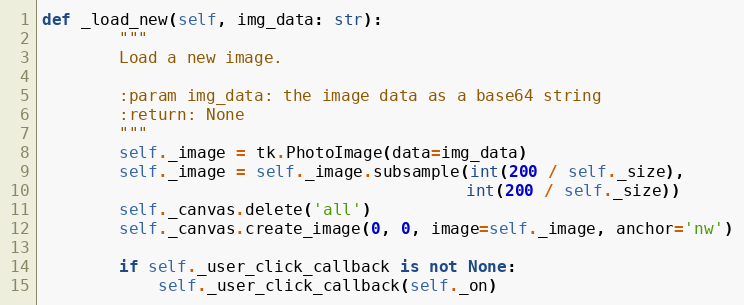
Language: Python
def _load_new(self, img_data: str):
        """
        Load a new image.

        :param img_data: the image data as a base64 string
        :return: None
        """
        self._image = tk.PhotoImage(data=img_data)
        self._image = self._image.subsample(int(200 / self._size),
                                            int(200 / self._size))
        self._canvas.delete('all')
        self._canvas.create_image(0, 0, image=self._image, anchor='nw')

        if self._user_click_callback is not None:
            self._user_click_callback(self._on)